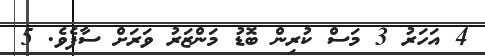
4 އަހަރު 3 މަސް ކުރިން ބޮޑު މަންޒަރު ވަރަށް ސާފެވެ. 5